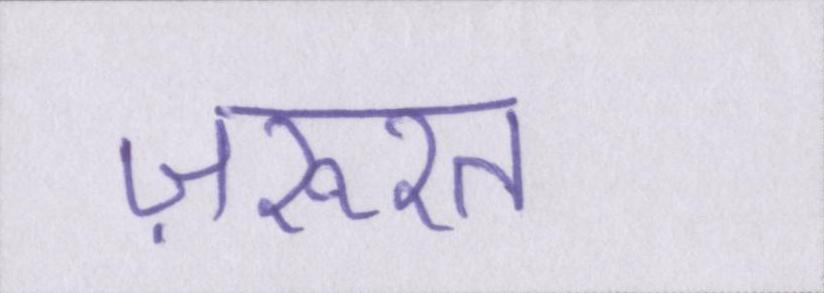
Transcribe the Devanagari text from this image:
ज़रूरत